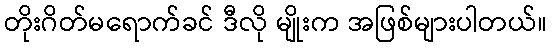
တိုးဂိတ်မရောက်ခင် ဒီလို မျိုးက အဖြစ်များပါတယ်။